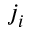
j _ { i }